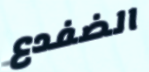
الضفدع